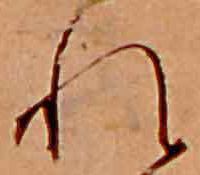
れ